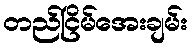
တည်ငြိမ်အေးချမ်း